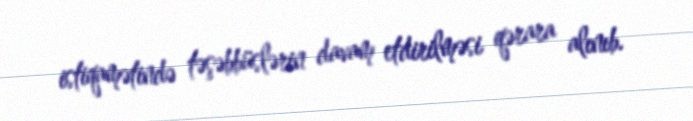
istiqamətində təşəbbüslərin davam etdirilməsi qərara alınıb.